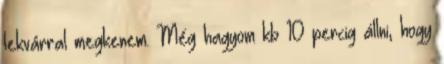
lekvárral megkenem. Még hagyom kb 10 percig állni, hogy